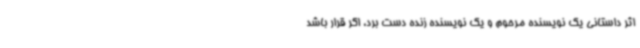
اثر داستانی یک نویسنده مرحوم و یک نویسنده زنده دست برد، اگر قرار باشد